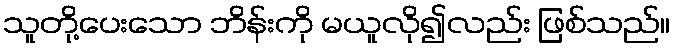
သူတို့ပေးသော ဘိန်းကို မယူလို၍လည်း ဖြစ်သည်။